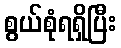
စွယ်စုံရရှိပြီး